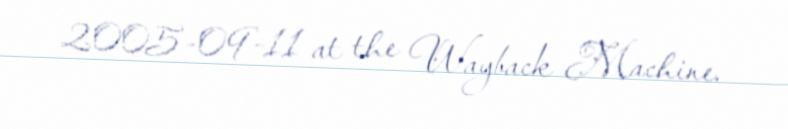
2005-09-11 at the Wayback Machine.